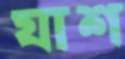
যাশ